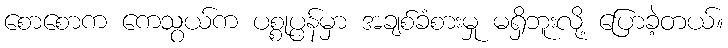
စောစောက ကေသွယ်က ပစ္စုပ္ပန်မှာ အချစ်ခံစားမှု မရှိဘူးလို့ ပြောခဲ့တယ်။